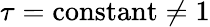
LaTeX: \tau=\mathrm{constant}\ne 1